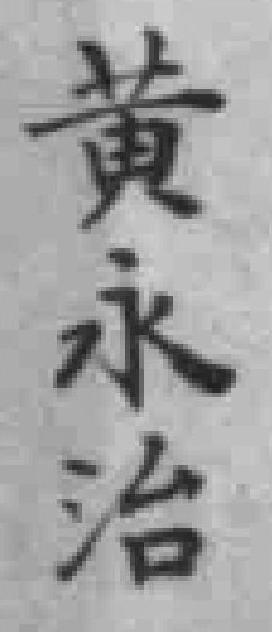
黄永治